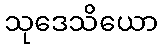
သုဒေသိယော